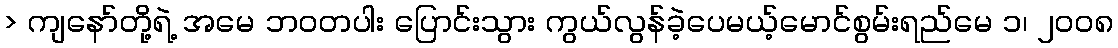
> ကျနော်တို့ရဲ့ အမေ ဘဝတပါး ပြောင်းသွား ကွယ်လွန်ခဲ့ပေမယ့်မောင်စွမ်းရည်မေ ၁၊ ၂၀၀၈